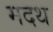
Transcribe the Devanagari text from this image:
मदथ